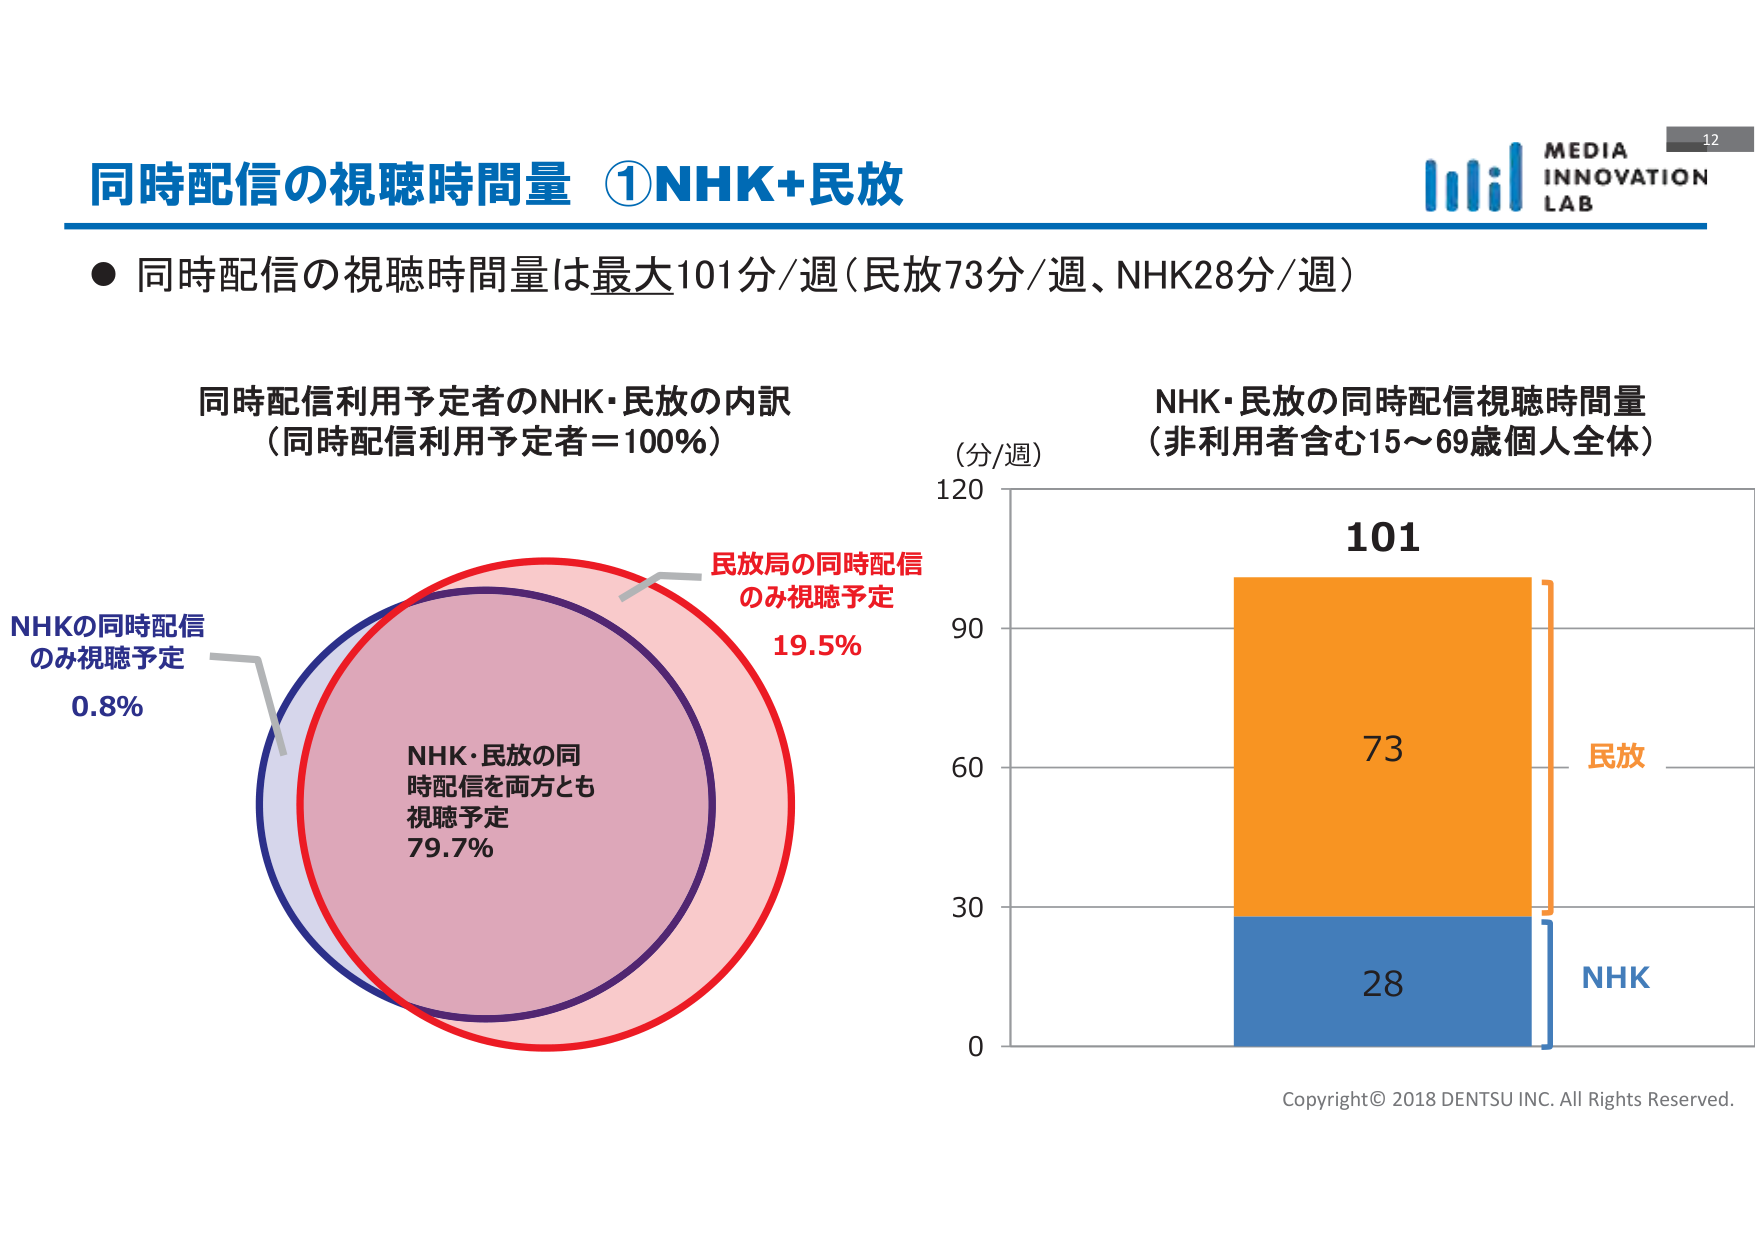
同時配信の視聴時間量 ①NHK+民放
● 同時配信の視聴時間量は最大101分/週（民放73分/週、NHK28分/週）
同時配信利用予定者のNHK・民放の内訳
（同時配信利用予定者＝100％）
NHKの同時配信
のみ視聴予定
0.8％
NHK・民放の同
時配信を両方とも
視聴予定
79.7％
民放局の同時配信
のみ視聴予定
19.5％
（分/週）
NHK・民放の同時配信視聴時間量
（非利用者含む15～69歳個人全体）
120
101
90
73
民放
60
30
28
NHK
0
Copyright© 2018 DENTSU INC. All Rights Reserved.
MEDIA
INNOVATION
LAB
12